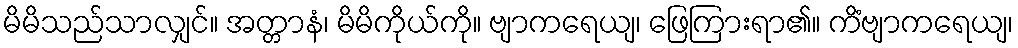
မိမိသည်သာလျှင်။ အတ္တာနံ၊ မိမိကိုယ်ကို။ ဗျာကရေယျ၊ ဖြေကြားရာ၏။ ကိံဗျာကရေယျ၊